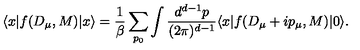
\langle x | f ( D _ { \mu } , M ) | x \rangle = \frac { 1 } { \beta } \sum _ { p _ { 0 } } \int \frac { d ^ { d - 1 } p } { ( 2 \pi ) ^ { d - 1 } } \langle x | f ( D _ { \mu } + i p _ { \mu } , M ) | 0 \rangle .